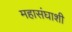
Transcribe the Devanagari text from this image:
महासंघाशी